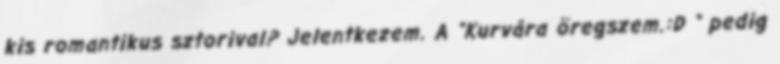
kis romantikus sztorival? Jelentkezem. A “Kurvára öregszem.:D ” pedig